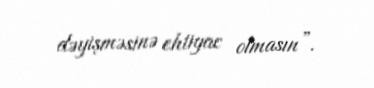
dəyişməsinə ehtiyac olmasın”.